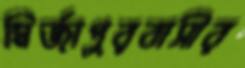
মির্জাপুরবাসীর